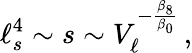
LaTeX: \ell_{s}^{4}\sim s\sim V_{\ell}^{-{\frac{\beta_{8}}{\beta_{0}}}}\, ,